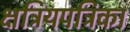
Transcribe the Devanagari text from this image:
क्षत्रियपत्रिका